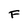
Character: F